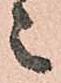
々